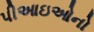
પીઆઇઓનો